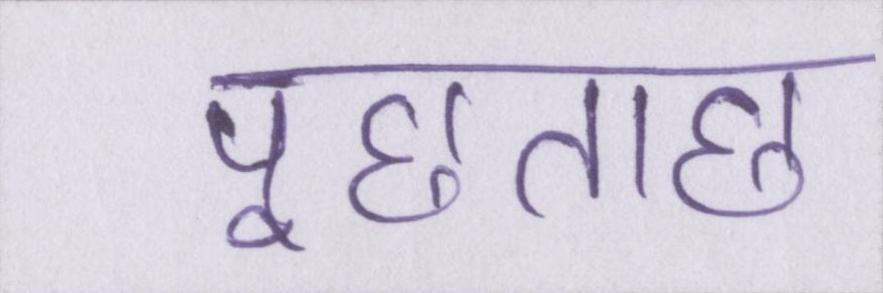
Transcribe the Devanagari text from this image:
पूछताछ